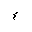
Letter: _hamza